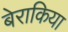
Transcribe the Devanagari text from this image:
बेराकिया